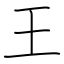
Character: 王